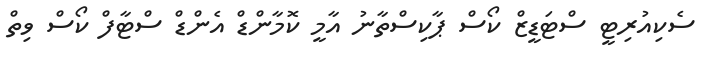
ސެކިއުރިޓީ ސްޓަޑީޒް ކޯސް ޕާކިސްތާނު އާމީ ކޮމާންޑް އެންޑް ސްޓާފް ކޯސް ވިތް